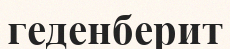
геденберит